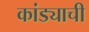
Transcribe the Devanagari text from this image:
कांड्याची